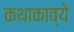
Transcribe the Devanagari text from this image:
कथाकाव्ये